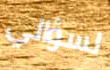
لسؤالي